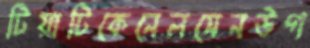
টিয়াটিকেনেলসেনউগ